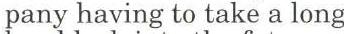
pany having to take a long